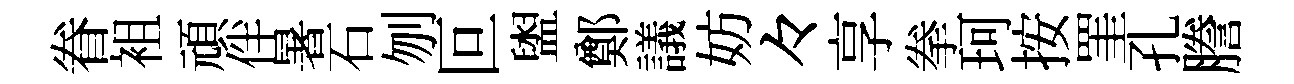
眷袓頑伴暑石刎叵盥鄭議妨々享拳珂按罣孔謄